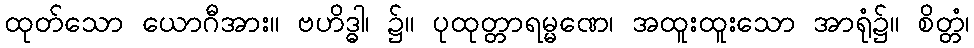
ထုတ်သော ယောဂီအား။ ဗဟိဒ္ဓါ၊ ၌။ ပုထုတ္တာရမ္မဏေ၊ အထူးထူးသော အာရုံ၌။ စိတ္တံ၊